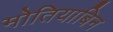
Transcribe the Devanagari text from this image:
मोतियाबिन